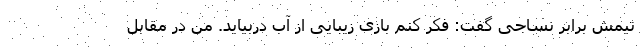
تیمش برابر نساجی گفت: فکر کنم بازی زیبایی از آب دربیاید. من در مقابل